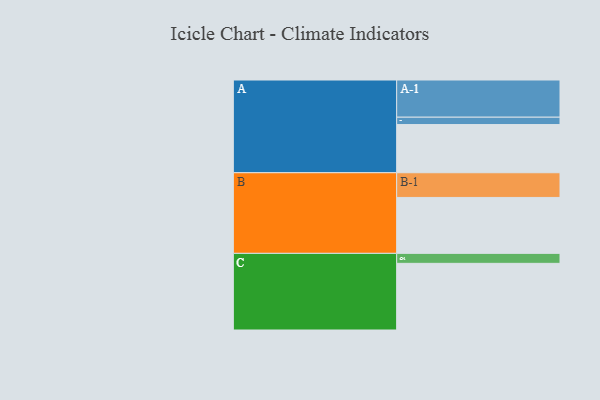
{"axis": {"x": "Segment", "y": "Value"}, "legend": ["", "A", "B", "C"], "data": [{"x": "A", "y": 386, "type": ""}, {"x": "B", "y": 448, "type": ""}, {"x": "C", "y": 534, "type": ""}, {"x": "A-1", "y": 298, "type": "A"}, {"x": "A-2", "y": 59, "type": "A"}, {"x": "B-1", "y": 198, "type": "B"}, {"x": "C-1", "y": 80, "type": "C"}]}